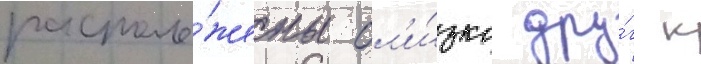
располо́жены бл'и́зко дру́г к